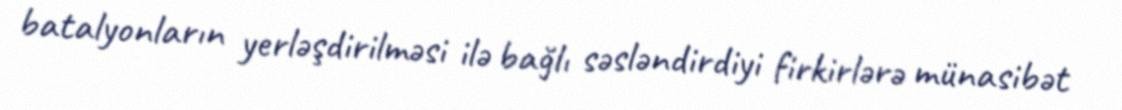
batalyonların yerləşdirilməsi ilə bağlı səsləndirdiyi firkirlərə münasibət